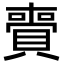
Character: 賷